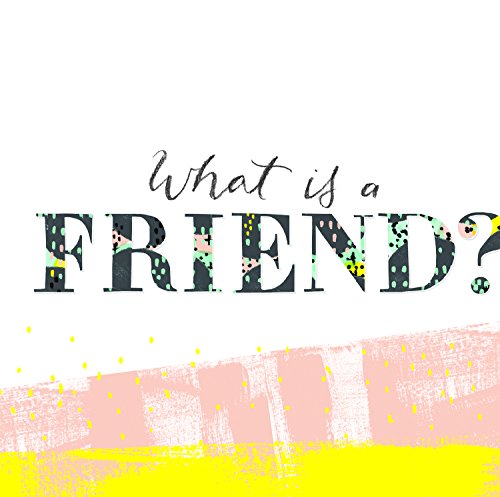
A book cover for What is a Friend?; M.H. Clark; Self-Help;